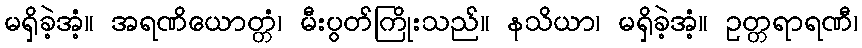
မရှိခဲ့အံ့။ အရဏိယောတ္တံ၊ မီးပွတ်ကြိုးသည်။ နသိယာ၊ မရှိခဲ့အံ့။ ဥတ္တရာရဏီ၊